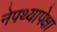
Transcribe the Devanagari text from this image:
नेपथ्यापेक्षा